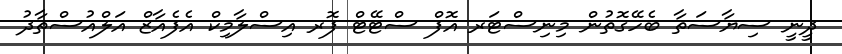
ދީނީ ސިޔާސަތާ ބެހޭގޮތުން މިނިސްޓަރ އޮފް ސްޓޭޓް ފޮރ އިސްލާމިކް އެފެއާޒް އަލްއުސްތާޛު